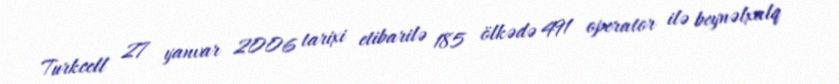
Turkcell 27 yanvar 2006 tarixi etibarilə 185 ölkədə 491 operator ilə beynəlxalq